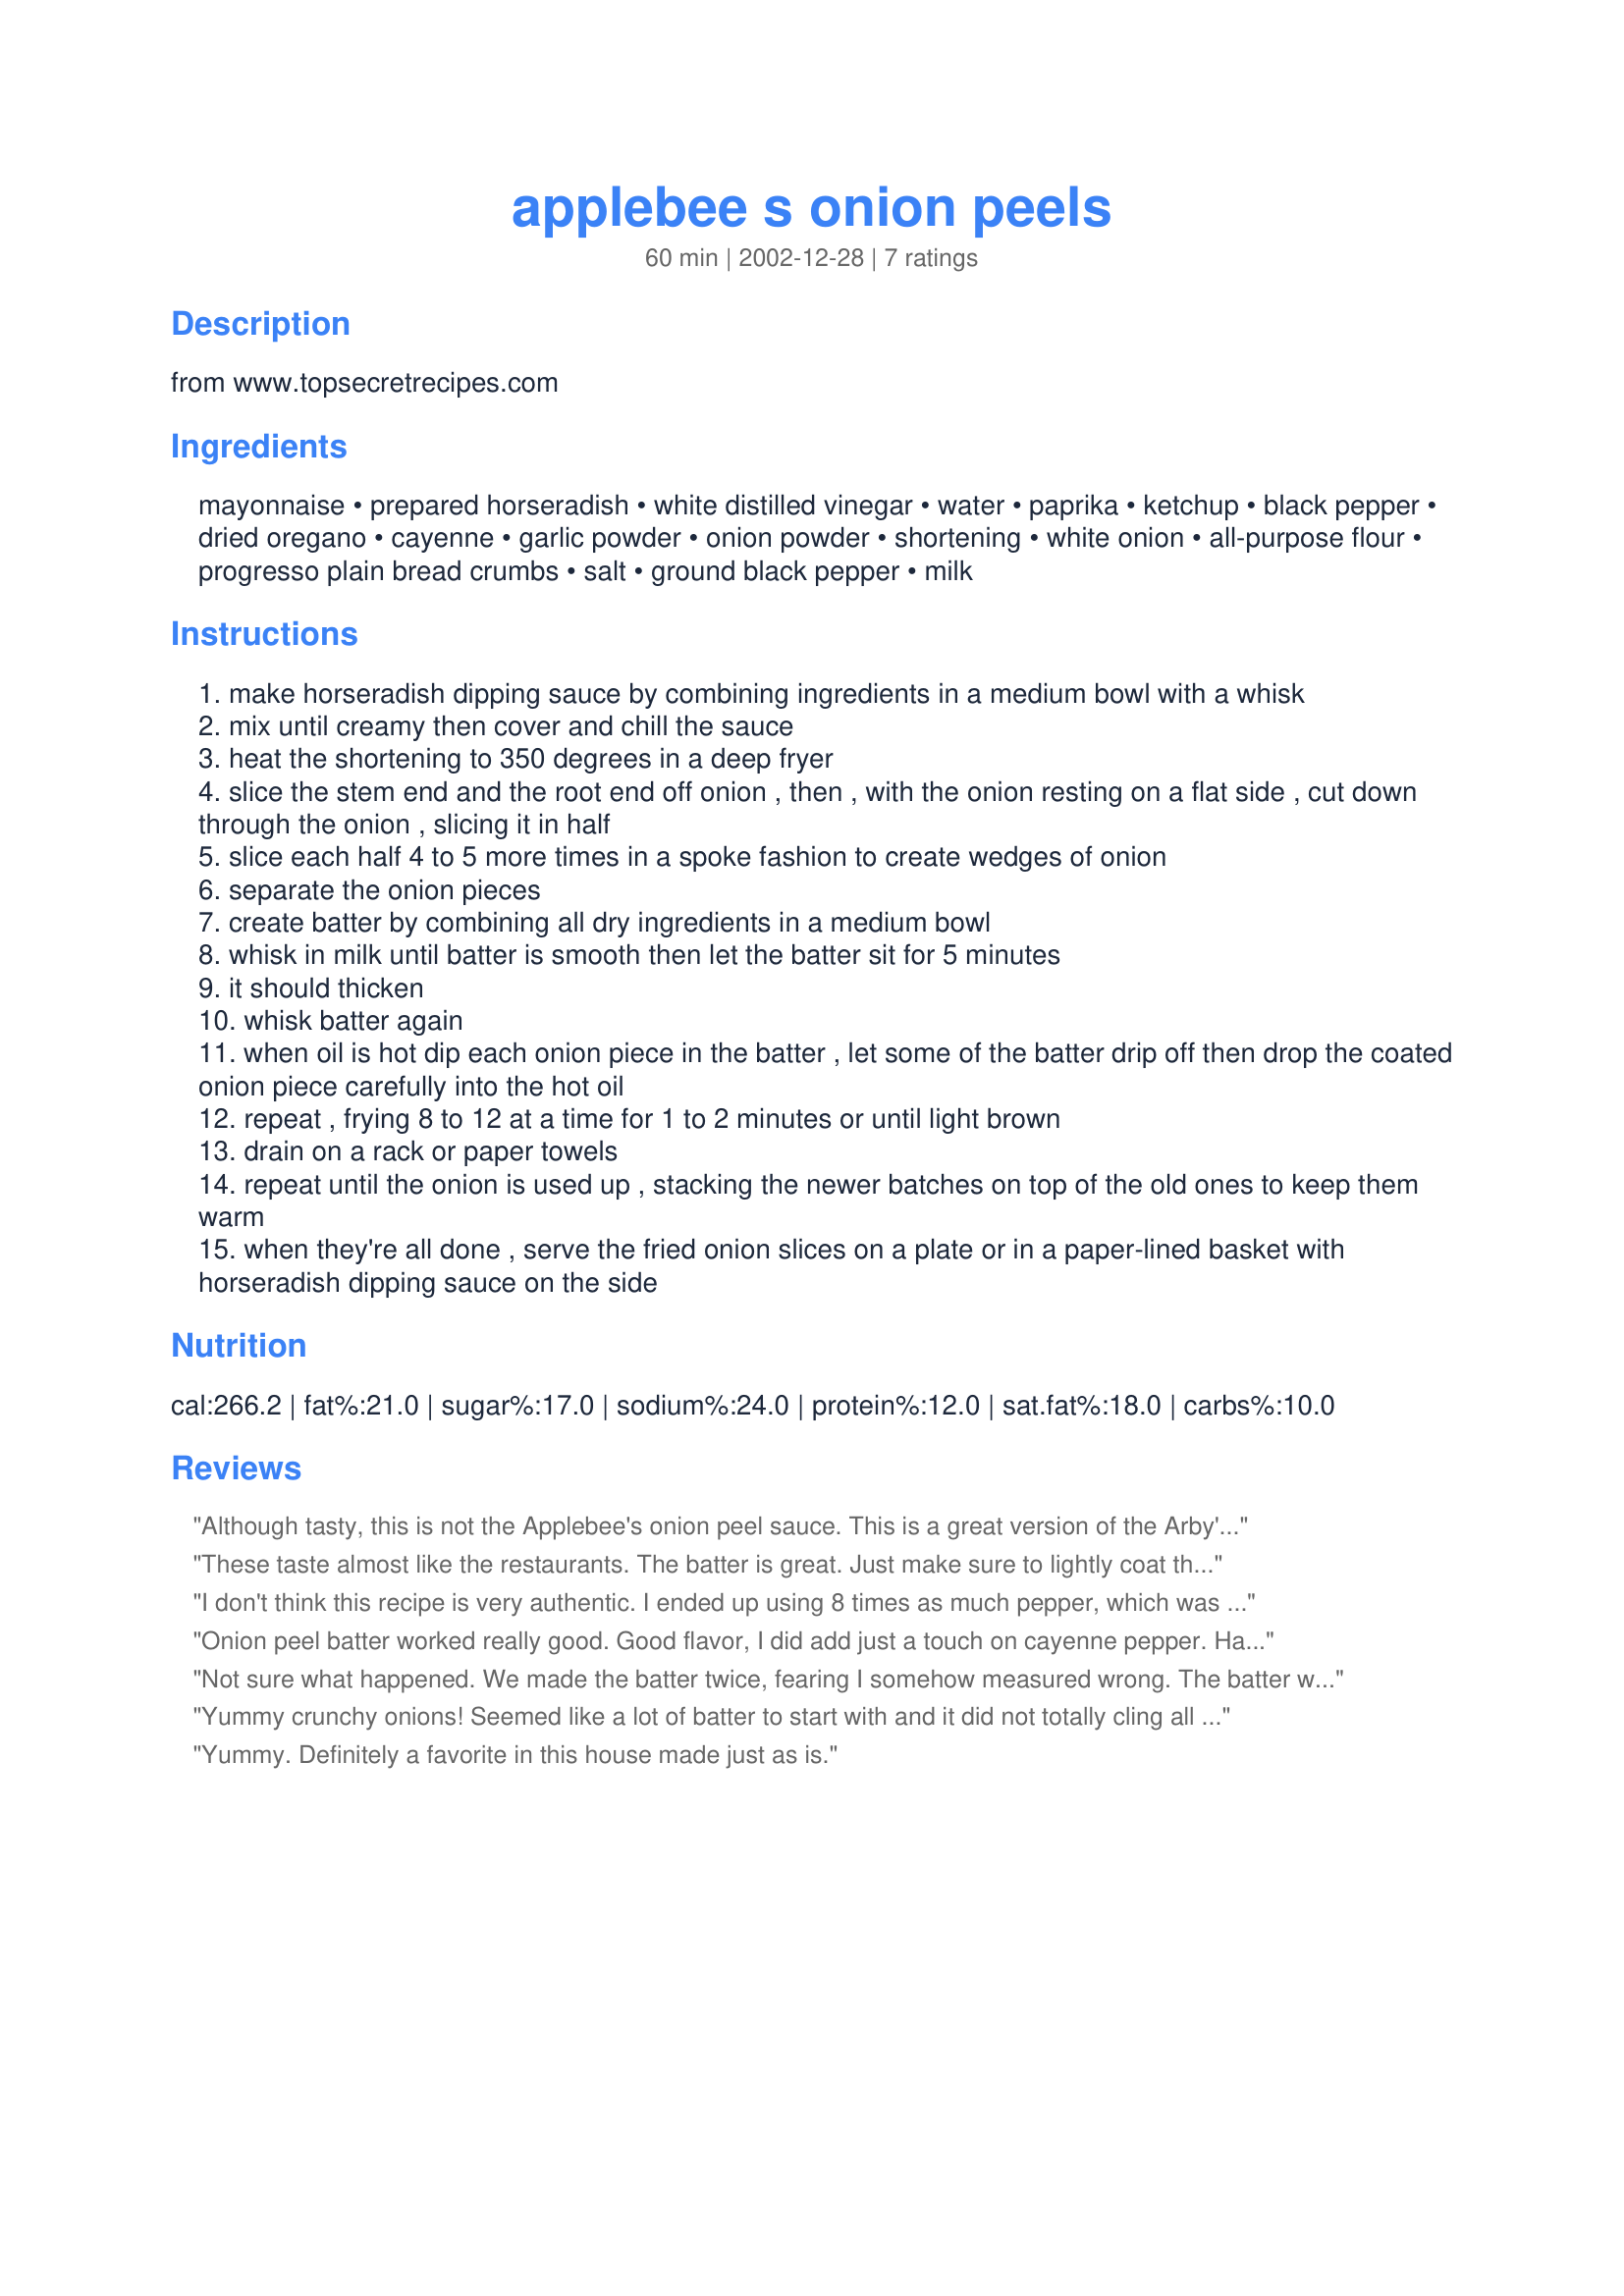
applebee s onion peels
Preparation time: 60 minutes

from www.topsecretrecipes.com

Ingredients:
mayonnaise, prepared horseradish, white distilled vinegar, water, paprika, ketchup, black pepper, dried oregano, cayenne, garlic powder, onion powder, shortening, white onion, all-purpose flour, progresso plain bread crumbs, salt, ground black pepper, milk

Steps:
make horseradish dipping sauce by combining ingredients in a medium bowl with a whisk
mix until creamy then cover and chill the sauce
heat the shortening to 350 degrees in a deep fryer
slice the stem end and the root end off onion , then , with the onion resting on a flat side , cut down through the onion , slicing it in half
slice each half 4 to 5 more times in a spoke fashion to create wedges of onion
separate the onion pieces
create batter by combining all dry ingredients in a medium bowl
whisk in milk until batter is smooth then let the batter sit for 5 minutes
it should thicken
whisk batter again
when oil is hot dip each onion piece in the batter , let some of the batter drip off then drop the coated onion piece carefully into the hot oil
repeat , frying 8 to 12 at a time for 1 to 2 minutes or until light brown
drain on a rack or paper towels
repeat until the onion is used up , stacking the newer batches on top of the old ones to keep them warm
when they're all done , serve the fried onion slices on a plate or in a paper-lined basket with horseradish dipping sauce on the side

Reviews:
Although tasty, this is not the Applebee's onion peel sauce. This is a great version of the Arby's sauce, however.
These taste almost like the restaurants. The batter is great. Just make sure to lightly coat the onion peels or they wont cook thru all the way and the inside will have wet breading. The sauce is sooo delicious with these! Make sure to slightly warm the sauce before serving, it makes a huge difference!
I don't think this recipe is very authentic. I ended up using 8 times as much pepper, which was probably too much, but I believe it is closer than the 1/2 teaspoon this recipe suggests.<br/><br/>I replaced the milk with an egg wash (just due to preference / experience) and double battered (egg, flour, egg, bread) the peels since the breading wouldn't fully stick otherwise.
Onion peel batter worked really good. Good flavor, I did add just a touch on cayenne pepper. Have not tried the sauce yet, just haven't had time! We just use ranch dressing. Thanks for great recipe!
Not sure what happened. We made the batter twice, fearing I somehow measured wrong. The batter would not stick to the white onion. We even wiped the onion off, thinking that may be it. The only difference is I fried them in oil, because that's what we had, vs. the shortening. 

Did not try the sauce, as we had some from a gourmet food store. 

Sorry, this recipe didn't work for us :(
Yummy crunchy onions! Seemed like a lot of batter to start with and it did not totally cling all around the onions, but after deep frying (in oil in our case) they were nice and crunchy all around and what stuck to onions kept stuck through the frying process as well, and in the end all the batter was used.<br/>Sauce was nice and sharp, too. I used 50/50 mayo and sour cream, like it better that way.
Yummy. Definitely a favorite in this house made just as is.
